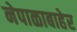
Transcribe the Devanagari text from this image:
नेपाळाबाहेर